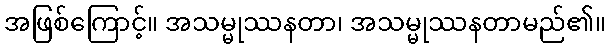
အဖြစ်ကြောင့်။ အသမ္မုဿနတာ၊ အသမ္မုဿနတာမည်၏။